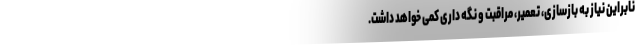
نابراین نیاز به بازسازی، تعمیر، مراقبت و نگه داری کمی خواهد داشت.